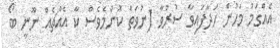
އެއްގަމު މަހުން ހަދާފައިވާ ސުރުވާ (ނުވަތަ ކޮންމެވެސް ކާ އެއްޗެއް ނޫނީ ބޯ